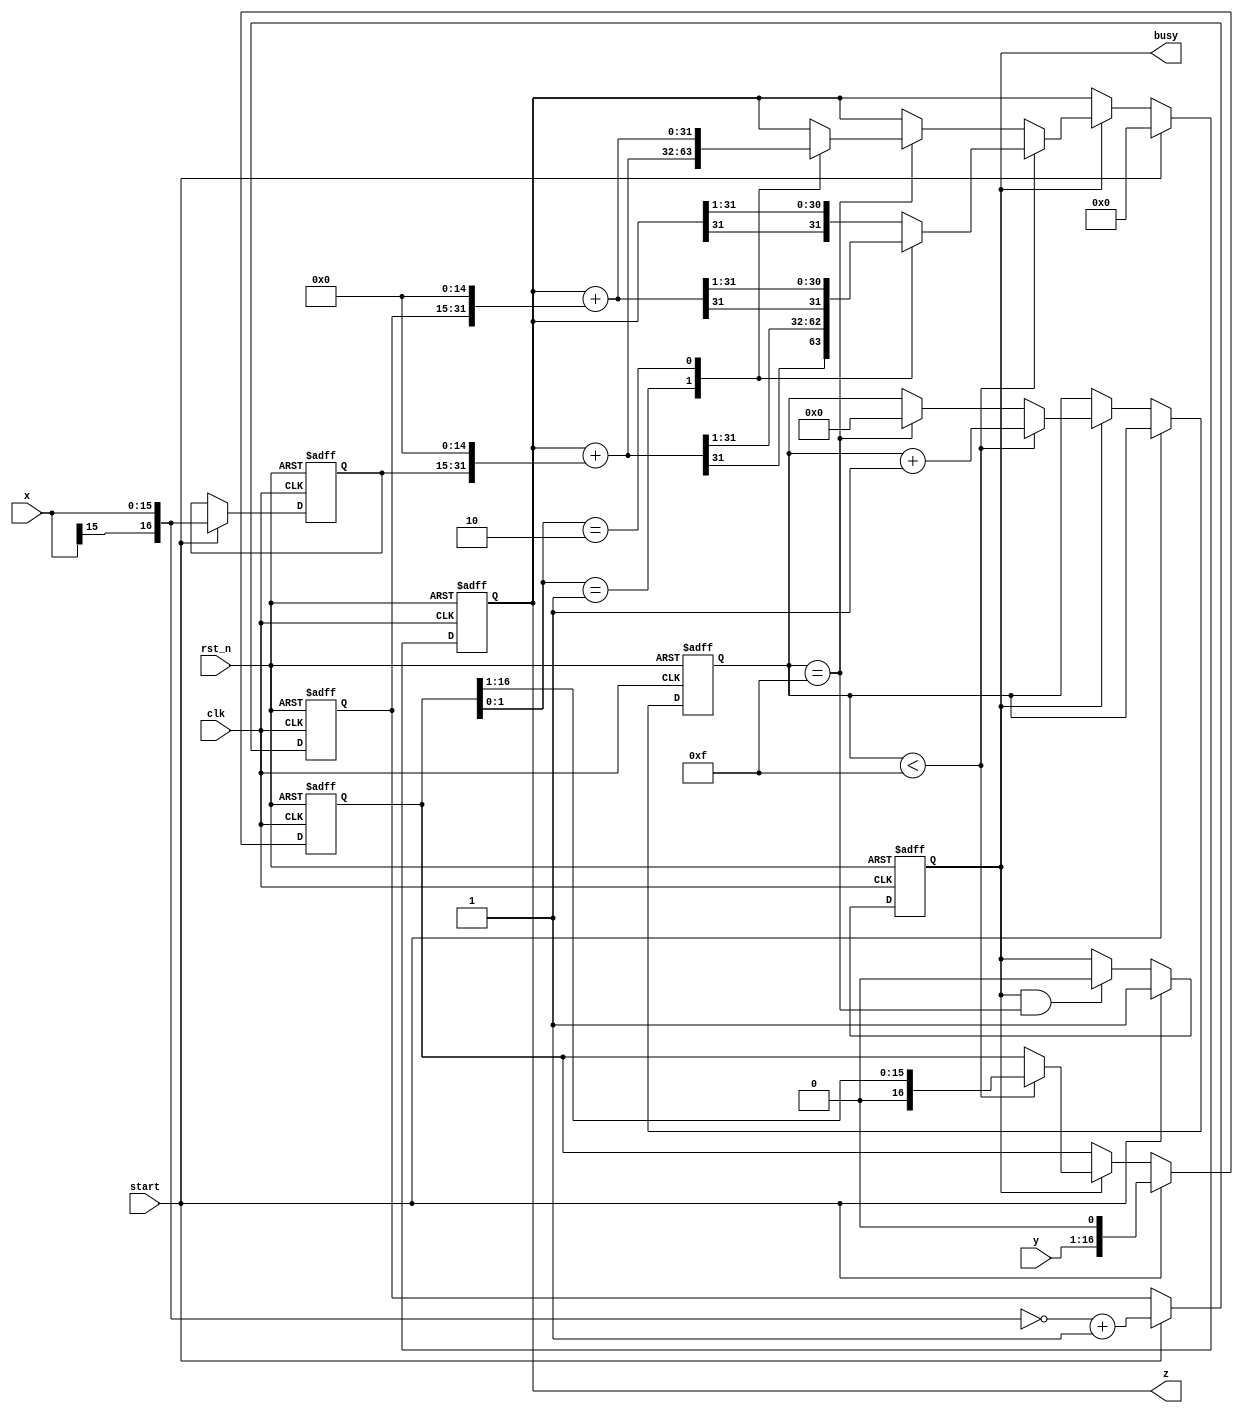
module booth (
    input  wire        clk  ,
	input  wire        rst_n,
	input  wire [15:0] x    ,
	input  wire [15:0] y    ,
	input  wire        start,
	output reg  [31:0] z    ,
	output wire        busy 
);

reg [16:0] mul_x; //x
reg [16:0] neg_x; //-x
reg [16:0] mul_y; //n+1y
reg [3:0] cnt; //
reg busy_reg;
assign busy = busy_reg;

//-x
always @(posedge clk or negedge rst_n)  begin
    if(!rst_n) begin
        mul_x <= 0;
        neg_x <= 0;
    end
    else if(start) begin
        mul_x <= {x[15], x}; //
        neg_x <= ~{x[15], x} + 1; //-x
    end
end

//busy
always @(posedge clk or negedge rst_n) begin
    if(!rst_n) busy_reg <= 0;
    else if(start) busy_reg <= 1;
    else if(busy && cnt==4'd15) begin
        busy_reg <= 0;
    end
end

//booth
always @(posedge clk or negedge rst_n) begin
    if(!rst_n) begin
        cnt <= 0;
        mul_y <= 0;
        z <= 0;
    end
    else if(start) begin
        mul_y <= {y, 1'b0}; 
        z <= 0;
    end
    else if(busy) begin
        if(cnt < 4'd15) begin
            case (mul_y[1:0])
                2'b01: z <= ($signed(z + {mul_x, 15'b0})) >>> 1;
                2'b10: z <= ($signed(z + {neg_x, 15'b0})) >>> 1;
                default: z <= ($signed(z)) >>> 1;
            endcase
            mul_y <= mul_y >> 1;
            cnt <= cnt+1;
        end
        //
        else if(cnt == 4'd15) begin
            case (mul_y[1:0])
                2'b01: z <= z + {mul_x, 15'b0};
                2'b10: z <= z + {neg_x, 15'b0};
                default: z <= z;
            endcase
            cnt <= 0;
        end
    end
end

endmodule